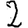
Digit: 2